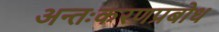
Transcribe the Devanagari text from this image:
अन्तःकरणप्रबोध